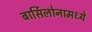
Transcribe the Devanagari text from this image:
बार्सिलोनामध्ये